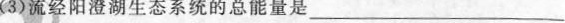
(3)流经阳澄湖生态系统的总能量是____________